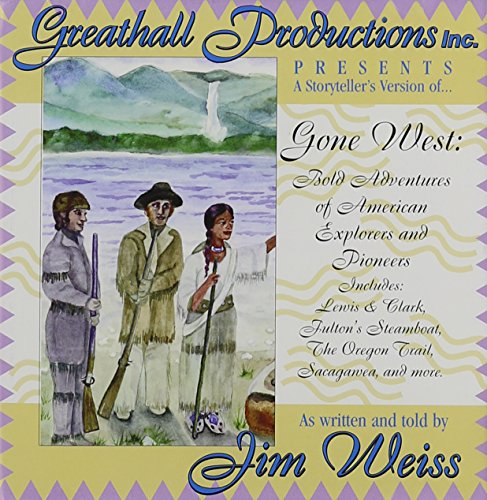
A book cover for Gone West: Bold Adventures of Amerian Explorers and Pioneers; Jim Weiss; Children's Books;